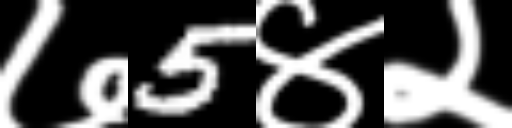
Text: ७5४२